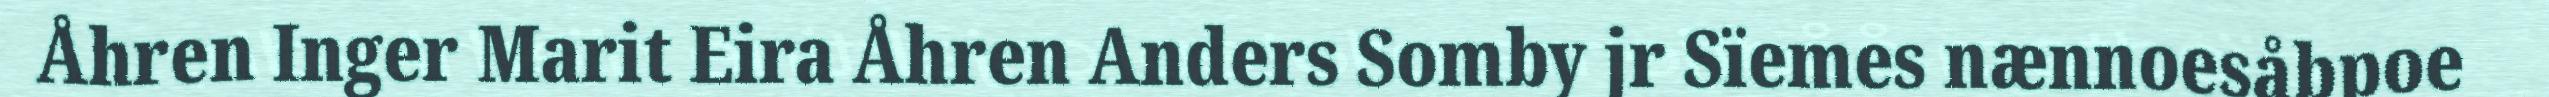
Åhren Inger Marit Eira Åhren Anders Somby jr Sïemes nænnoesåbpoe